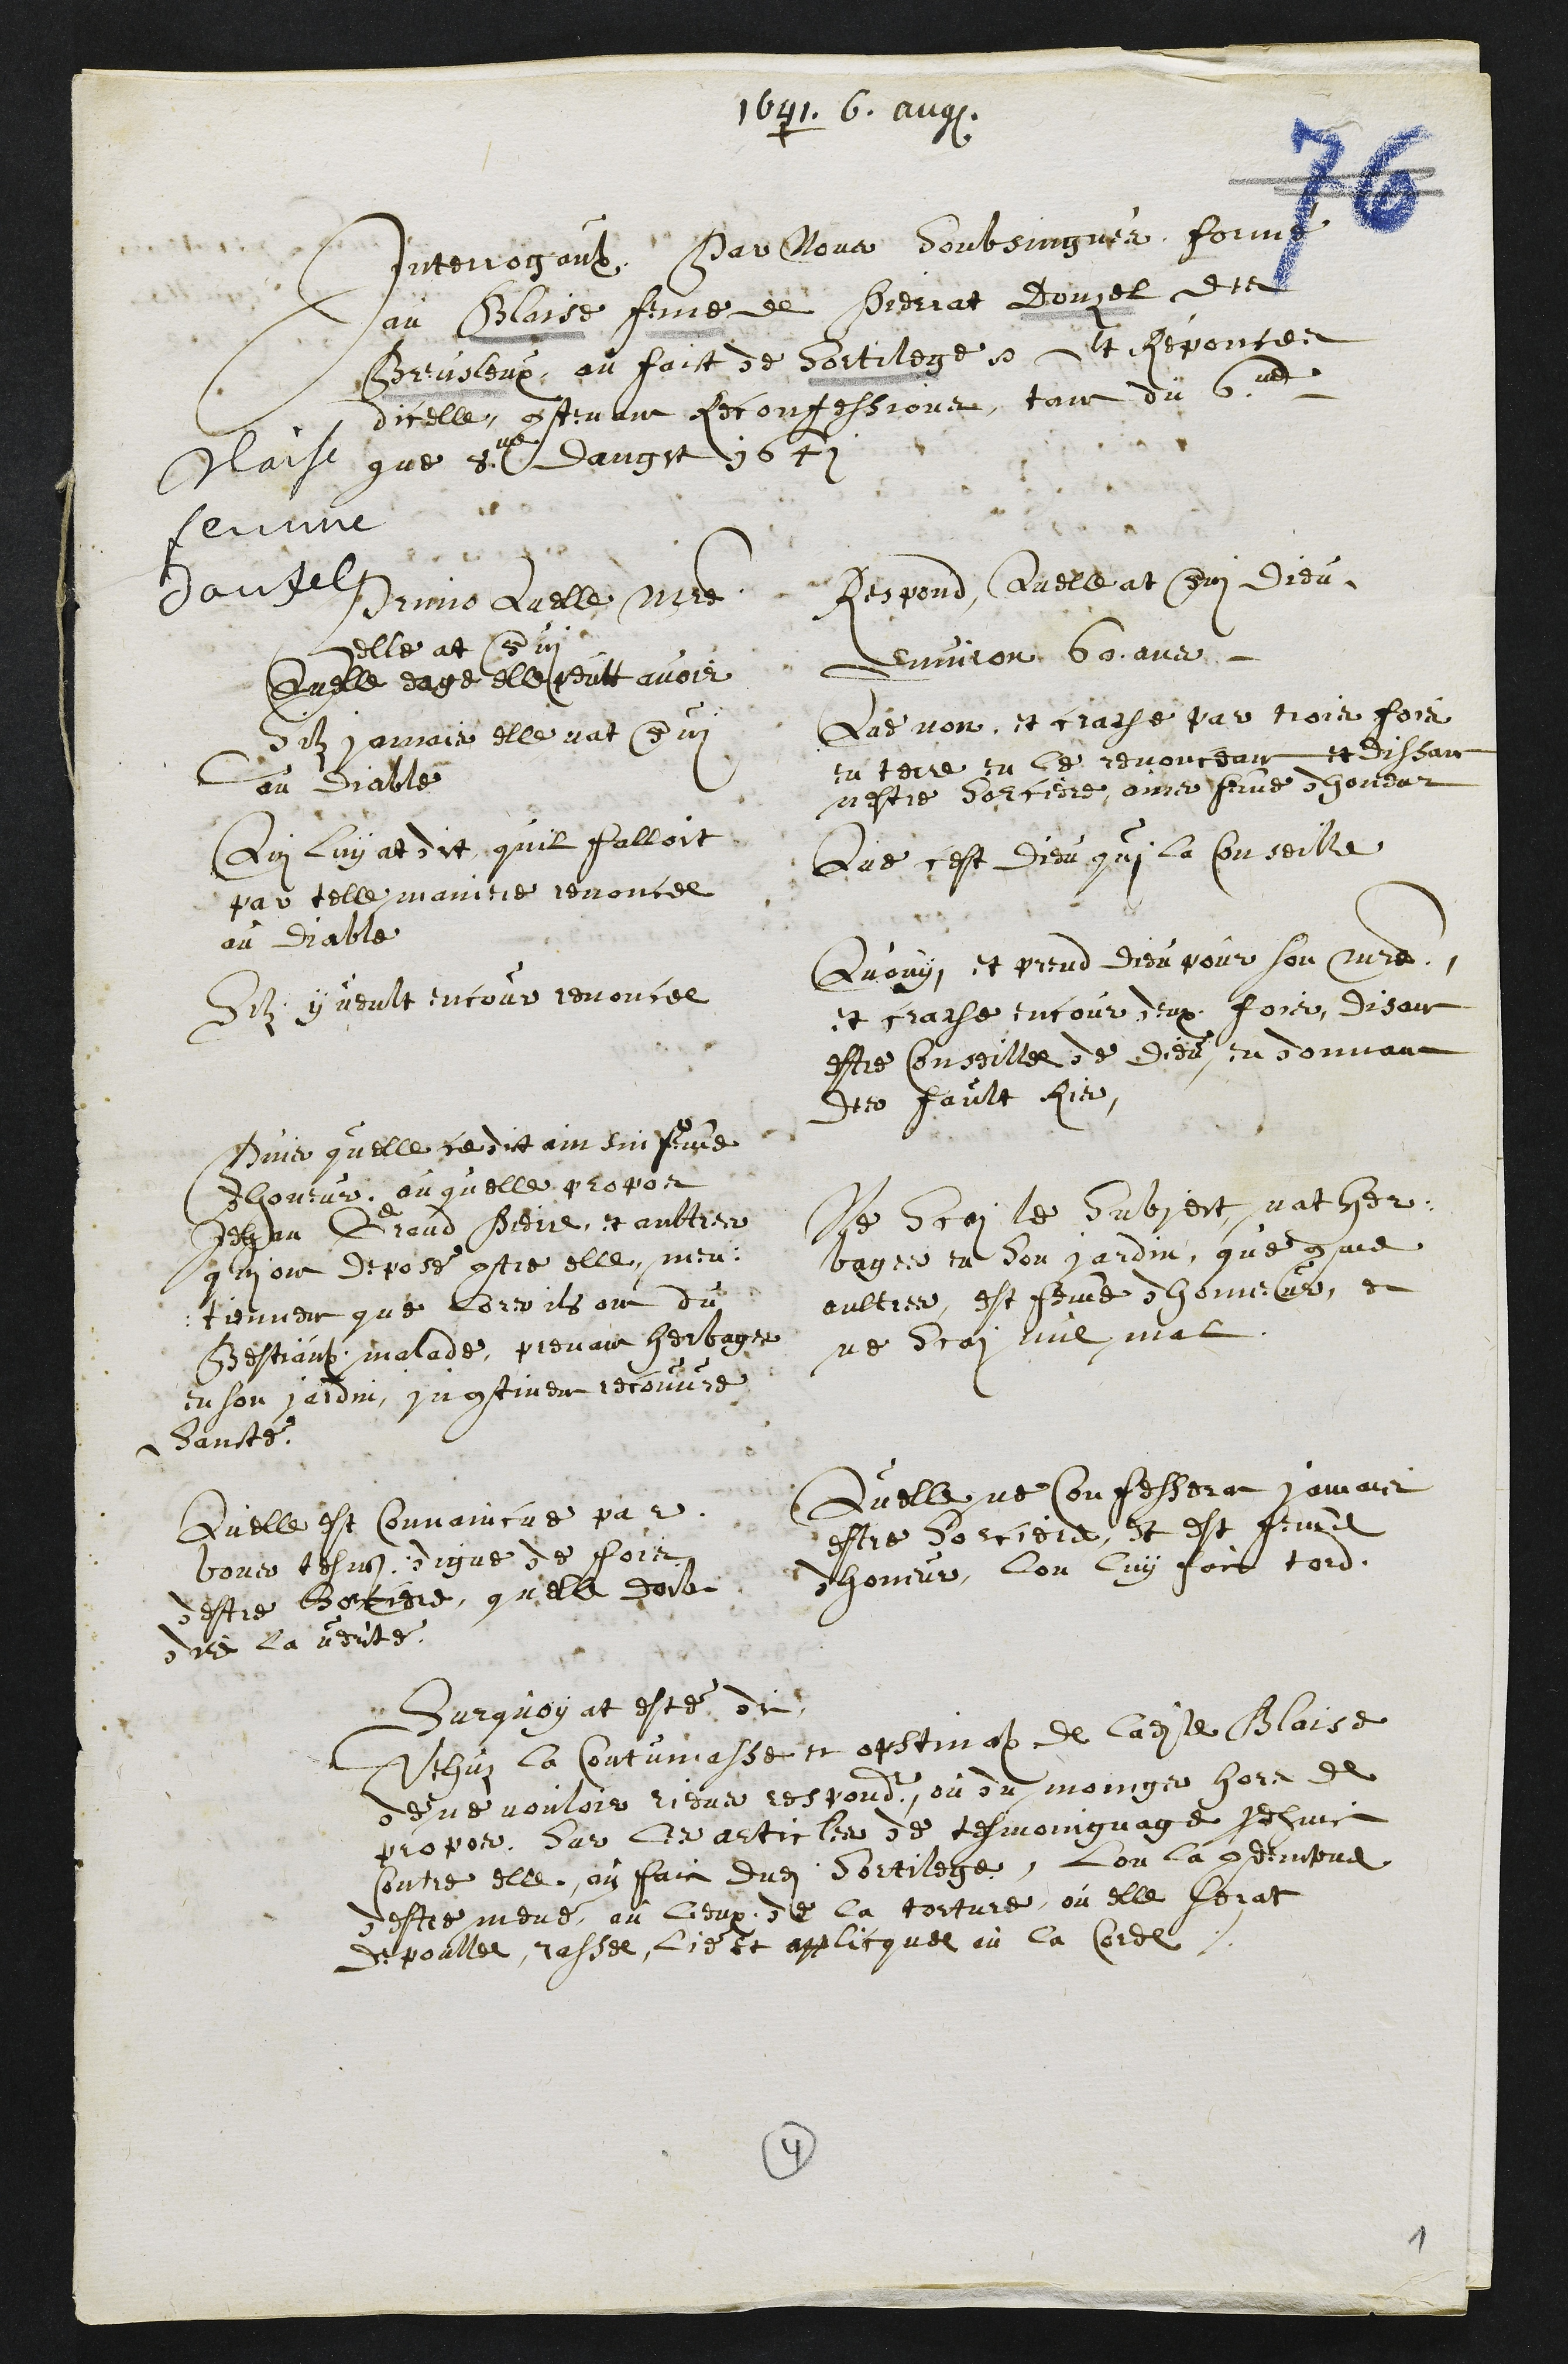
1641. 6. aug.
Blaise
femme
Donzel
Interrogaulx Par Nous Soubsingnés formé
au Blaise feme de Pierrat Donzel des
Breusleux, au fait de Sortilege Et Reponces
dicelle, contenant Reconfessions, tant du 6me
que 8me daugst 1641
Primo Quelle Maistre
elle at servi
Respond Quelle at servi Dieu
Quelle eage elle peutt avoir
Environ 60 ans
Si jamais elle nat servi
au diable
Que non, et crache par trois fois
en terre en le renonceant et dissant
nestre sorciere, ains femme dhoneur
Qui luy at dit, quil falloit
par telle maniere renoncee
au diable
Que cest Dieu qui la conseille
Silz y veult encour renoncee
Quouy et prend dieu pour son maitre.
et crache encour deux fois, disant
estre conseillee de Dieu, en donnant
des fault ris.
Puis quelle ce dit ainsin femme
dhoneur, ou quelle propos
Jehan Grand Pierre, et aultres
qui ont depose contre elle, men¬
tiennent que lors ils ont du
Bestiaulx malade, prenant herbage
en son jardin, Incontinent recouvre
Santé.
Ne Scai le Subject, nat her¬
bages en son jardin, que comme
aultres, est femme dhonneur, et
ne Scay nul mal.
Quelle est Convaincue par
bons tesmoins digne de fois
destre Sorciere, quelle doit
dire la verité.
Qu elle ne Confesserat jamais
estre sorciere, et est femme
dhoneur, lon luy fait tord
Surquoy at esté dit
Vehuz la Contumasse et opstination de ladite Blaise
de ne vouloir riens respondre, ou du moings hors de
propos Sur les articles de tesmoingnage produit
contre elle au faic dudit Sortilege, Lon la condempne
destre mene au lieux de la torture, ou elle serat
depoullee rassee, lie et applicquee au la Corde
4
1